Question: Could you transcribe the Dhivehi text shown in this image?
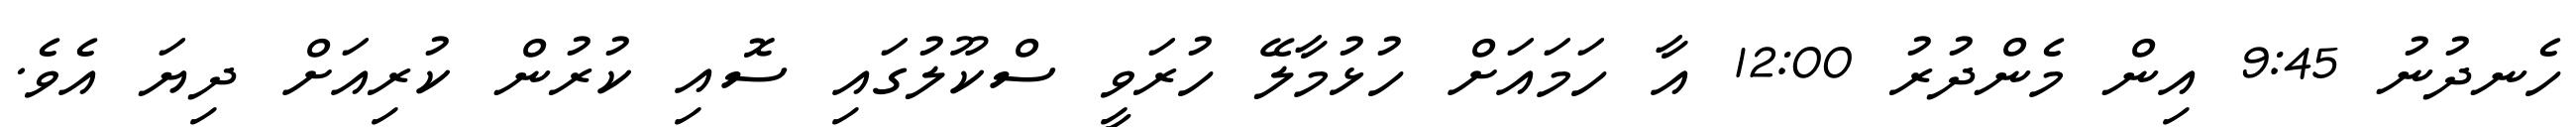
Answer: ހެނދުނު 9:45 އިން މެންދުރު 12:00 އާ ހަމައަށް ހުޅުމާލޭ ހުރަވީ ސްކޫލުގައި ސޮއި ކުރުން ކުރިއަށް ދިޔަ އެވެ.